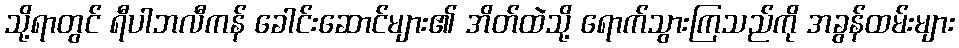
သို့ရာတွင် ရီပါဘလီကန် ခေါင်းဆောင်များ၏ အိတ်ထဲသို့ ရောက်သွားကြသည်ကို အခွန်ထမ်းများ